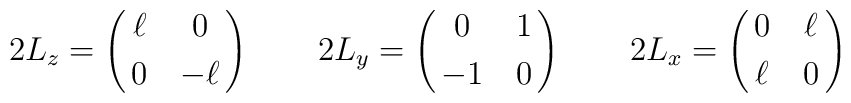
2 L_z = \pmatrix{\ell& 0\cr \noalign{\smallskip} 0& -\ell\cr}\qquad2 L_y = \pmatrix{0& 1\cr \noalign{\smallskip} -1& 0\cr}\qquad2 L_x = \pmatrix{0& \ell\cr \noalign{\smallskip} \ell& 0\cr}